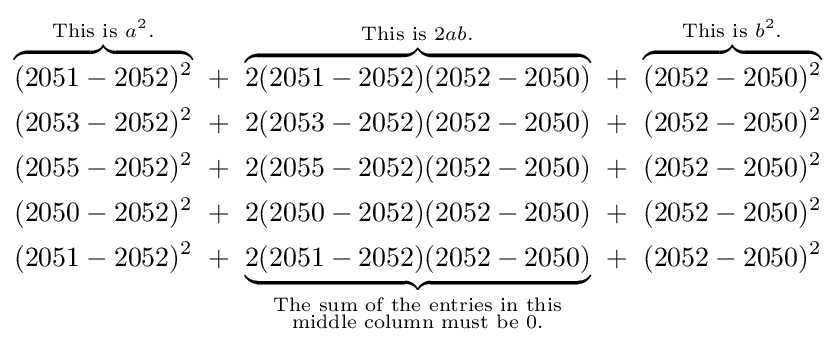
{\begin{alignedat}{2}\overbrace {(2051-2052)^{2}} ^{{\text{This is }}a^{2}.}\ &+\ \overbrace {2(2051-2052)(2052-2050)} ^{{\text{This is }}2ab.}\ &&+\ \overbrace {(2052-2050)^{2}} ^{{\text{This is }}b^{2}.}\\(2053-2052)^{2}\ &+\ 2(2053-2052)(2052-2050)\ &&+\ (2052-2050)^{2}\\(2055-2052)^{2}\ &+\ 2(2055-2052)(2052-2050)\ &&+\ (2052-2050)^{2}\\(2050-2052)^{2}\ &+\ 2(2050-2052)(2052-2050)\ &&+\ (2052-2050)^{2}\\(2051-2052)^{2}\ &+\ \underbrace {2(2051-2052)(2052-2050)} _{\begin{smallmatrix}{\text{The sum of the entries in this}}\\{\text{middle column must be 0.}}\end{smallmatrix}}\ &&+\ (2052-2050)^{2}\end{alignedat}}